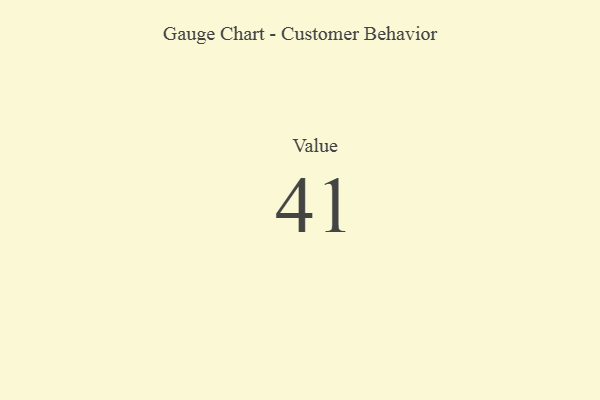
{"axis": {"x": "Metric", "y": "Value"}, "legend": [""], "data": [{"x": "Value", "y": 41, "type": ""}]}